Document type: Inventory
Year: 1295
Scribe: Pere Marc
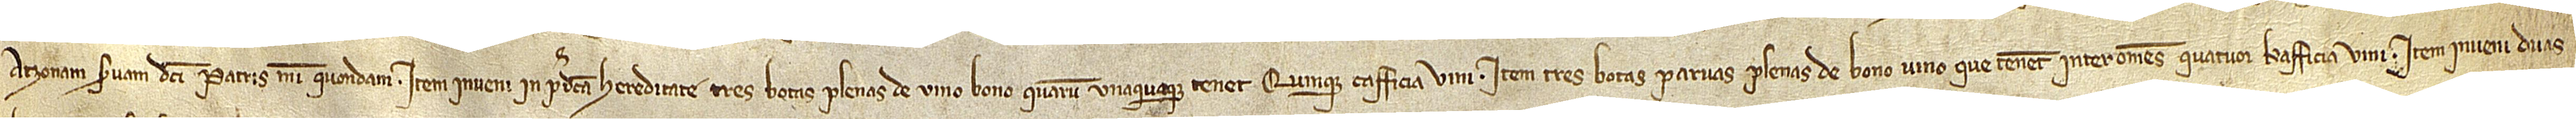
Atzonam, servam dicti patris mei, quondam. Item, inveni in predicta hereditate tres botas plenas de vino bono, quarum unaquaque tenet quinque cafficia vini; item, tres botas parvas plenas de bono vino, que tenent inter omnes quatuor kafficia vini. Item, inveni duas